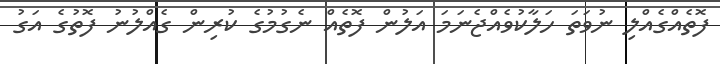
ފޮތެއްގެއްލި ނުވަތަ ހަލާކުވެއްޖެނަމަ އަލުން ފޮތެއް ނެގުމުގެ ކުރިން ގެއްލުނު ފޮތުގެ އަގު